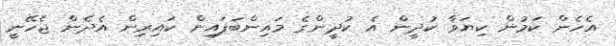
އެހެން ކަމުން ކިޔަވާ ކުދީން އެ ކުދީންގެ މައިންބަފައިން ކައިރިން އެދެން ޖެހޭނީ